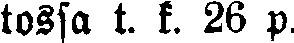
tossa t. k. 26 p.